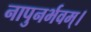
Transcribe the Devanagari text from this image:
नापुनर्भवम्।